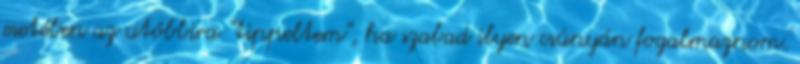
esetében az utóbbira "tippeltem", ha szabad ilyen csúnyán fogalmaznom.